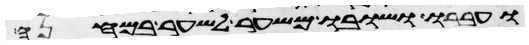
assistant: ועברו ושובו משער לשער במחנה